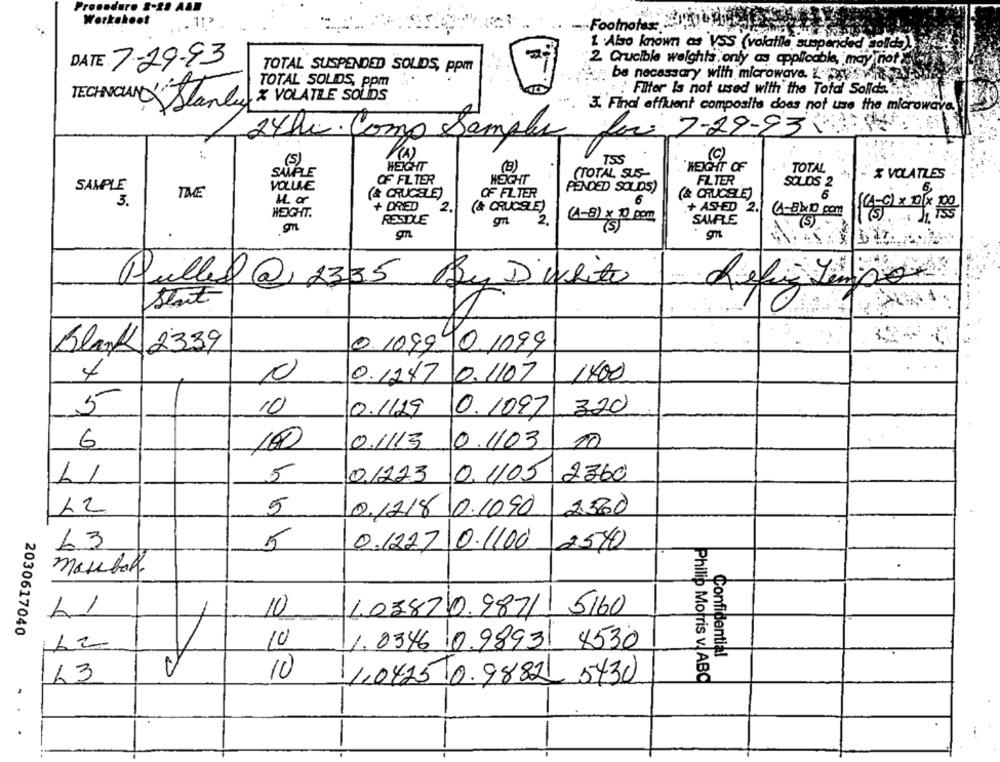
Procedure &-gs Aal
Workshoot
.-.. Footnotes:
1 . Also known as VSS (volatile suspended golds)
DATE 7-29-93
2. Crucible weights only as applicable, may not
TOTAL SUSPENDED SOLIDS, ppm
be necessary with microwave. - swie
TOTAL SOLIDS, ppm
: Filter Is not used with the Total Solids ....
TECHNICIANLOKAL
Stanley & VOLATILE SOLIDS
3. Find efficient composite does not use the microwave.
Loc 7-29-93860
24h. Como Samples
(1)
TSS
(C)
(5)
HEIGHT
"HEIGHT OF
SAMPLE
(TOTAL SUS-
TOTAL
& VOLATLES
OF FILTER
HEIGHT
FILTER
SAMPLE
VOLUME
PENDED SOLIDS)
SOLOS 2
TIME
(& CRUCELE)
OF FILTER
6
(& CRUCELE)
6
3.
1. or
HEIGHT.
+ DRIED
2.
(& CRUCELE)
+ ASHED 2.
6-8x10 com
RESTLE
2.
(1-8) × 10 pom
SAMPLE
By Dwhite
Pulled @ 2335
Stat
Blank 2339
0. 109990.1099
1400
4
0.1247 0.1107
5
10
0.1129 0.1097
320
6
100
0.1113 0.103
10
-
5
01223
0. 1/05
2360
12
5
0.1218 0.1090
2560
63
5
0.1227 0.1100
2540
LI
10
1.03870.9871 5160
2030617040
12
10
1. 0346 0.9893 4530
Confidential
63
10
10
1.0425 0.9882 5430
Philip Morris v. ABC
..
.